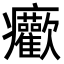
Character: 𤼢